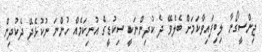
ޖިންސީގޯނާ ލިބިފައިވާކަމަށް ބެލެވޭ ދެ ކުދިންނަކީ ސިކުޑީގެ އުނިކަމެއް ހުންނަ ނުކުޅެދޭ ދެކުދިން